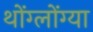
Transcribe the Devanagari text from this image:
थोंग्लोंग्या